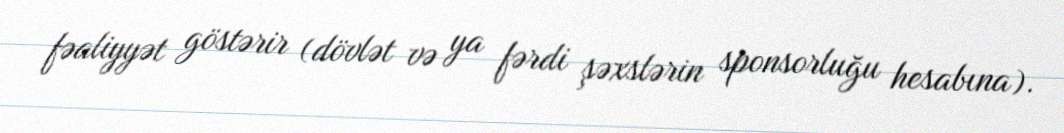
fəaliyyət göstərir (dövlət və ya fərdi şəxslərin sponsorluğu hesabına).